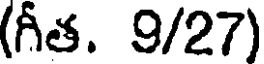
(గీత. 9/27)